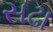
સઢા